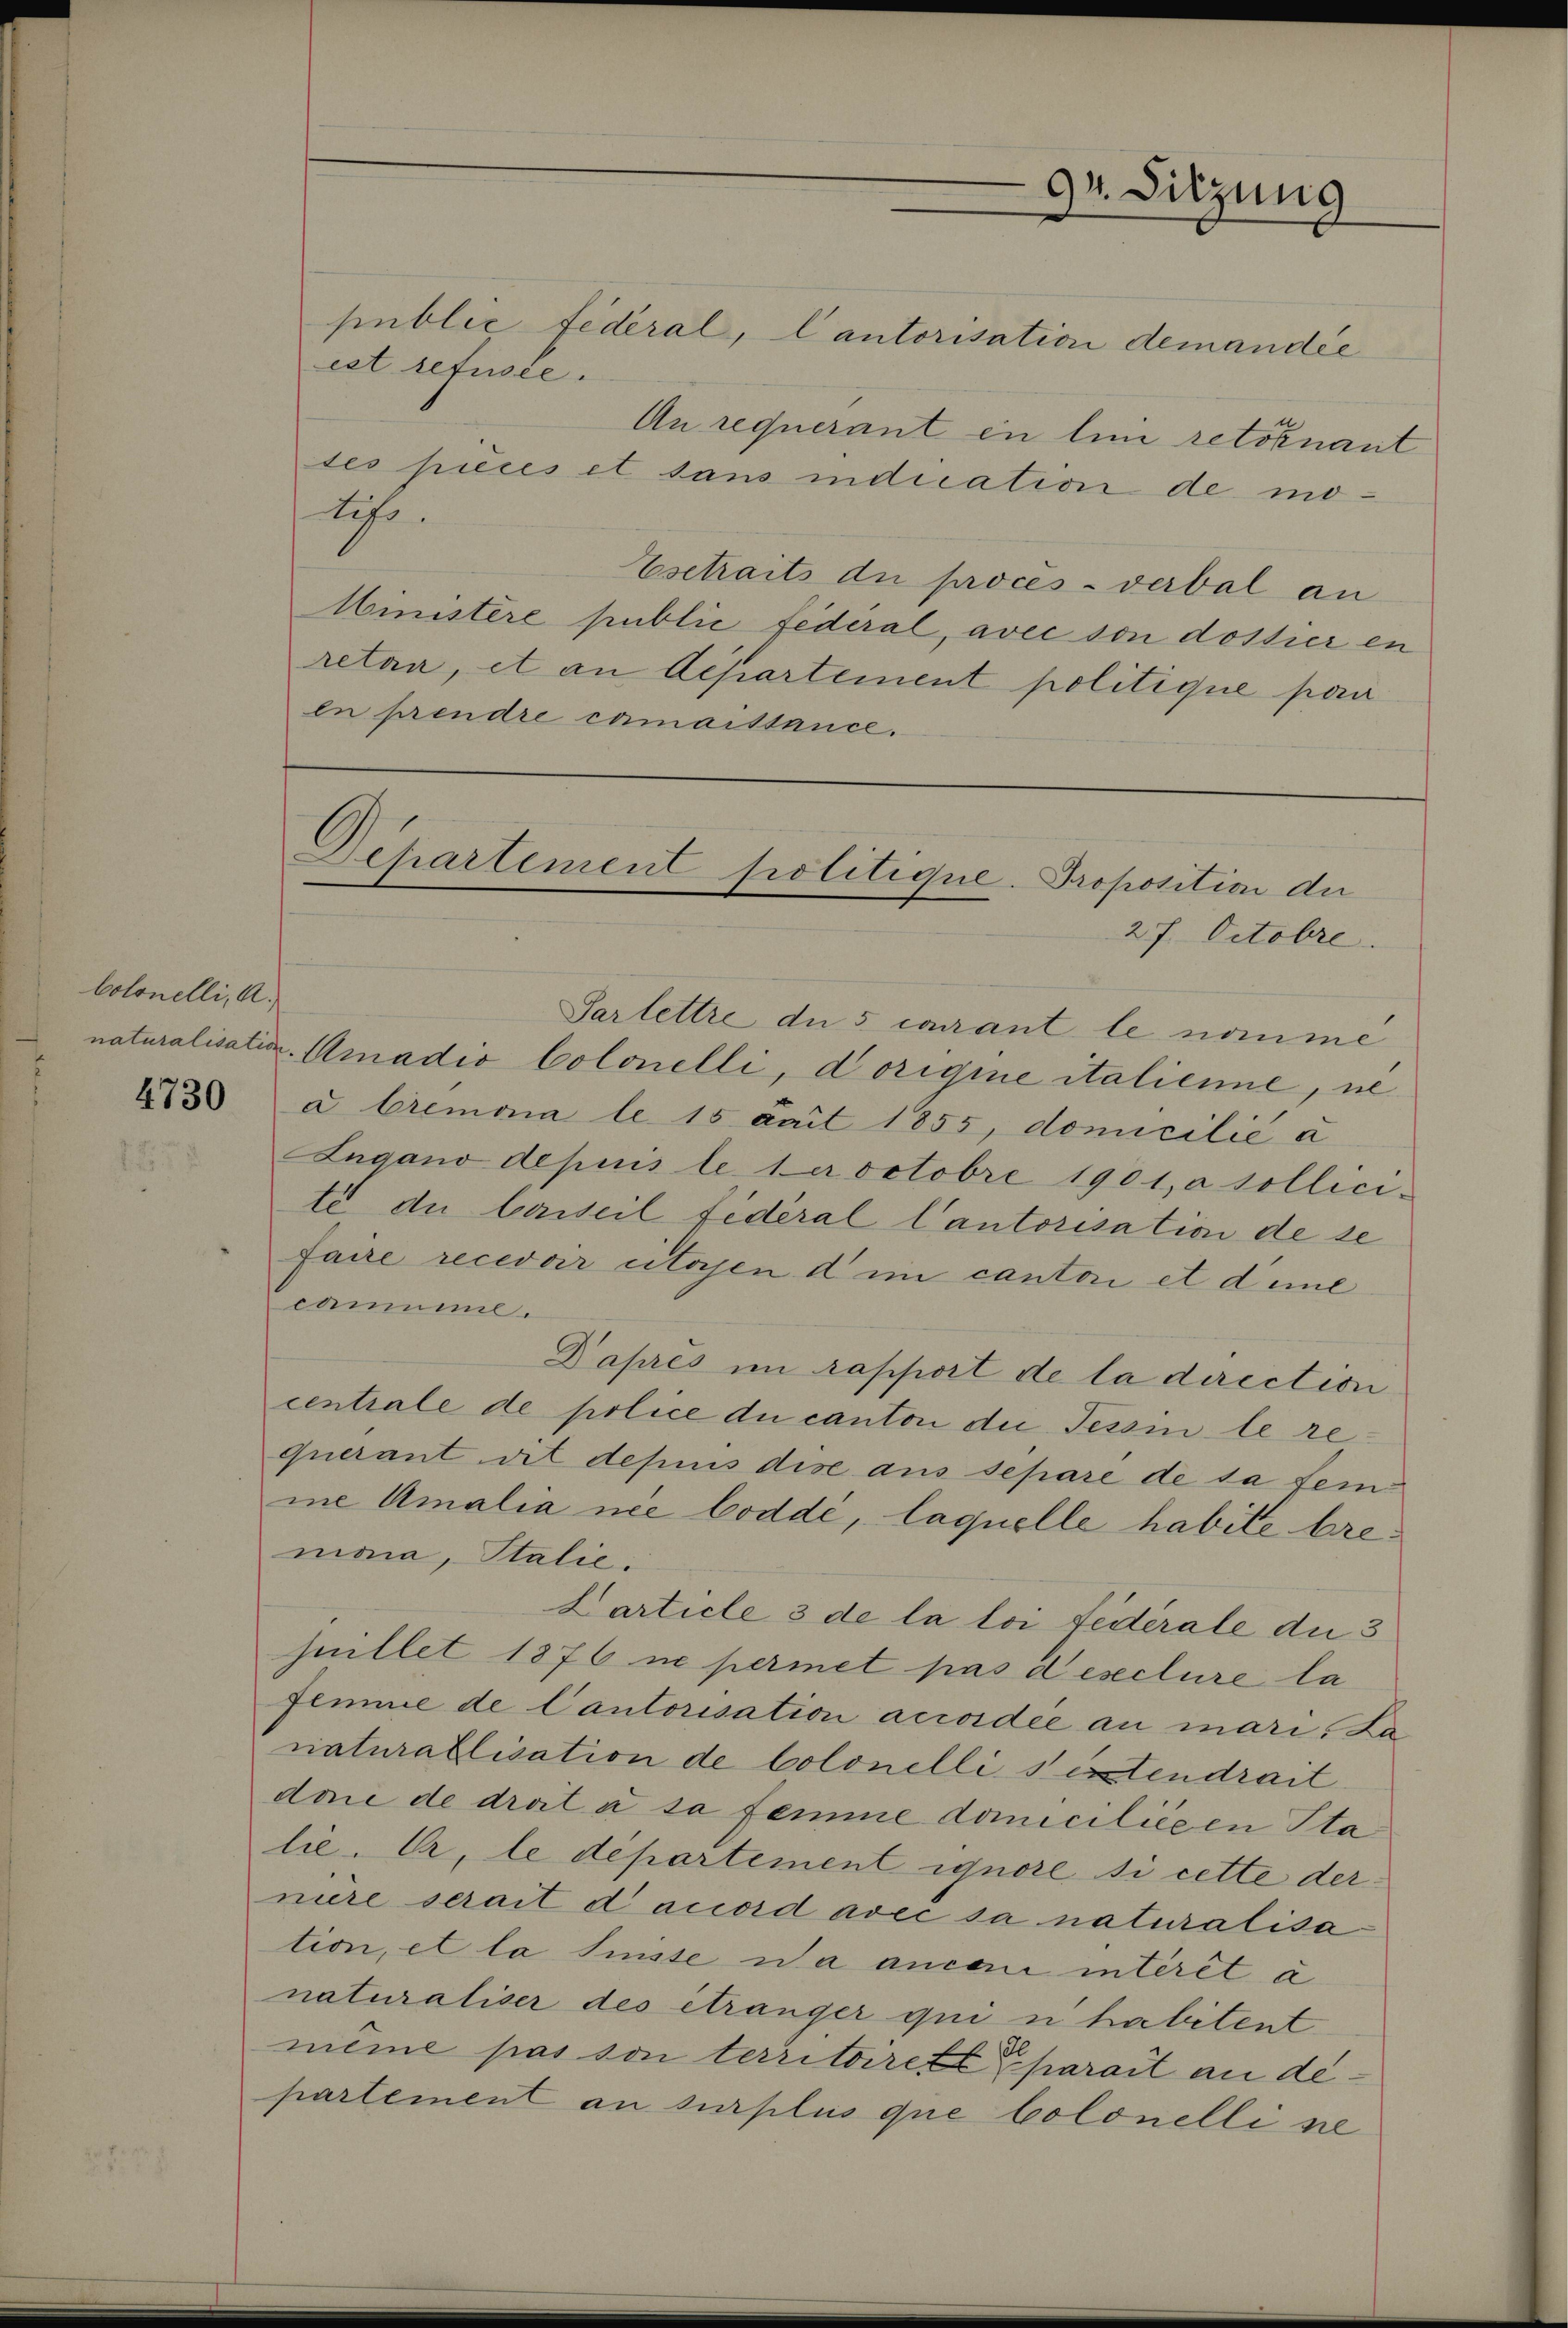
Colonelli, A.

4730

Sarlettre du 5 camant le nomme
naturalisation. Amadio Colonelli, dorigine italiene, ne
à Cremona le 15 dait 1855, domicilie a
Lugano depuis le 1 er octobre 1901, a sollicit du Carteil fédéral Cantorisation de se
faire recevoir citoyen d i cantori et dene
cammine.
Daprés im rapport de la direction
centrale de police du canton die Tessin le requerant dit depuis dise aus separe de la sein
ie Amalia nee boddé, laquelle habite bremioia, Italie
Larticle 3 de la loi fédérale du 3
huillet 1876 ne permet pas deseclure la
femme de Cantorisation accordée au mari, La
naturallisation de Colonelli seitendrait
don de drait à sa femme domiciliegen Sta
lie. Er, le département ignore si cette dernire serait d accord avec sa naturalisa
tion, et la Suisse na ancon interet a
naturaliser des étranger qui n habitent
même pas von territoiret parait an de
partement an surplus que Colonelli ne

public fédéral, Cantorisation demandée
est refusée.
An requerant in lini retoknant
tes pieces et sans indication de mo¬
Aifs.
Esetraits die procès-verbal an
Ministere public Federal, avec son dossier en
retan, et an Departement politique pare
ln prendre camaistance.

94. Sitzung

Departement politique. Proposition der
27. Octobre.